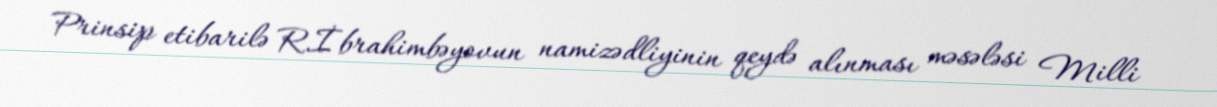
Prinsip etibarilə R.İbrahimbəyovun namizədliyinin qeydə alınması məsələsi Milli